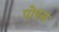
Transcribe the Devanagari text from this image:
पोपस